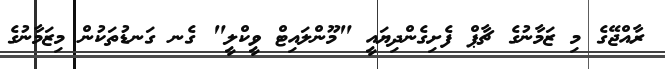
ރާއްޖޭގެ މި ޒަމާނުގެ ޗާޕް ފެށިގެންދިޔައީ "މޫންލައިޓް ވީކްލީ" ގެނ ގަނޑުތަކުން މިޒަމާނުގެ